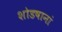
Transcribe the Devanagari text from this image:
शोडषानां